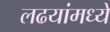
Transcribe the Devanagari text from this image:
लढयांमध्ये